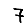
Digit: 7